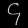
Digit: ၄